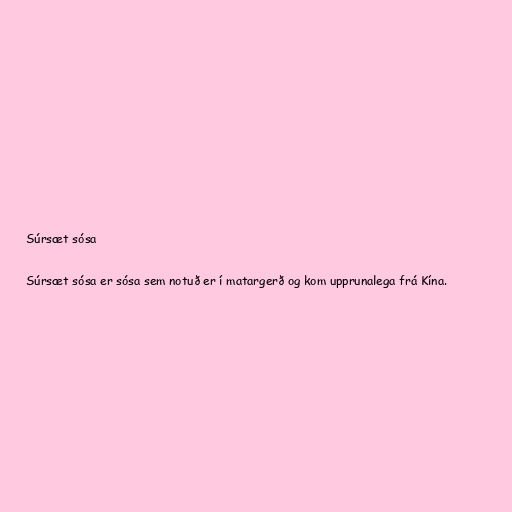
Súrsæt sósa

Súrsæt sósa er sósa sem notuð er í matargerð og kom upprunalega frá Kína.